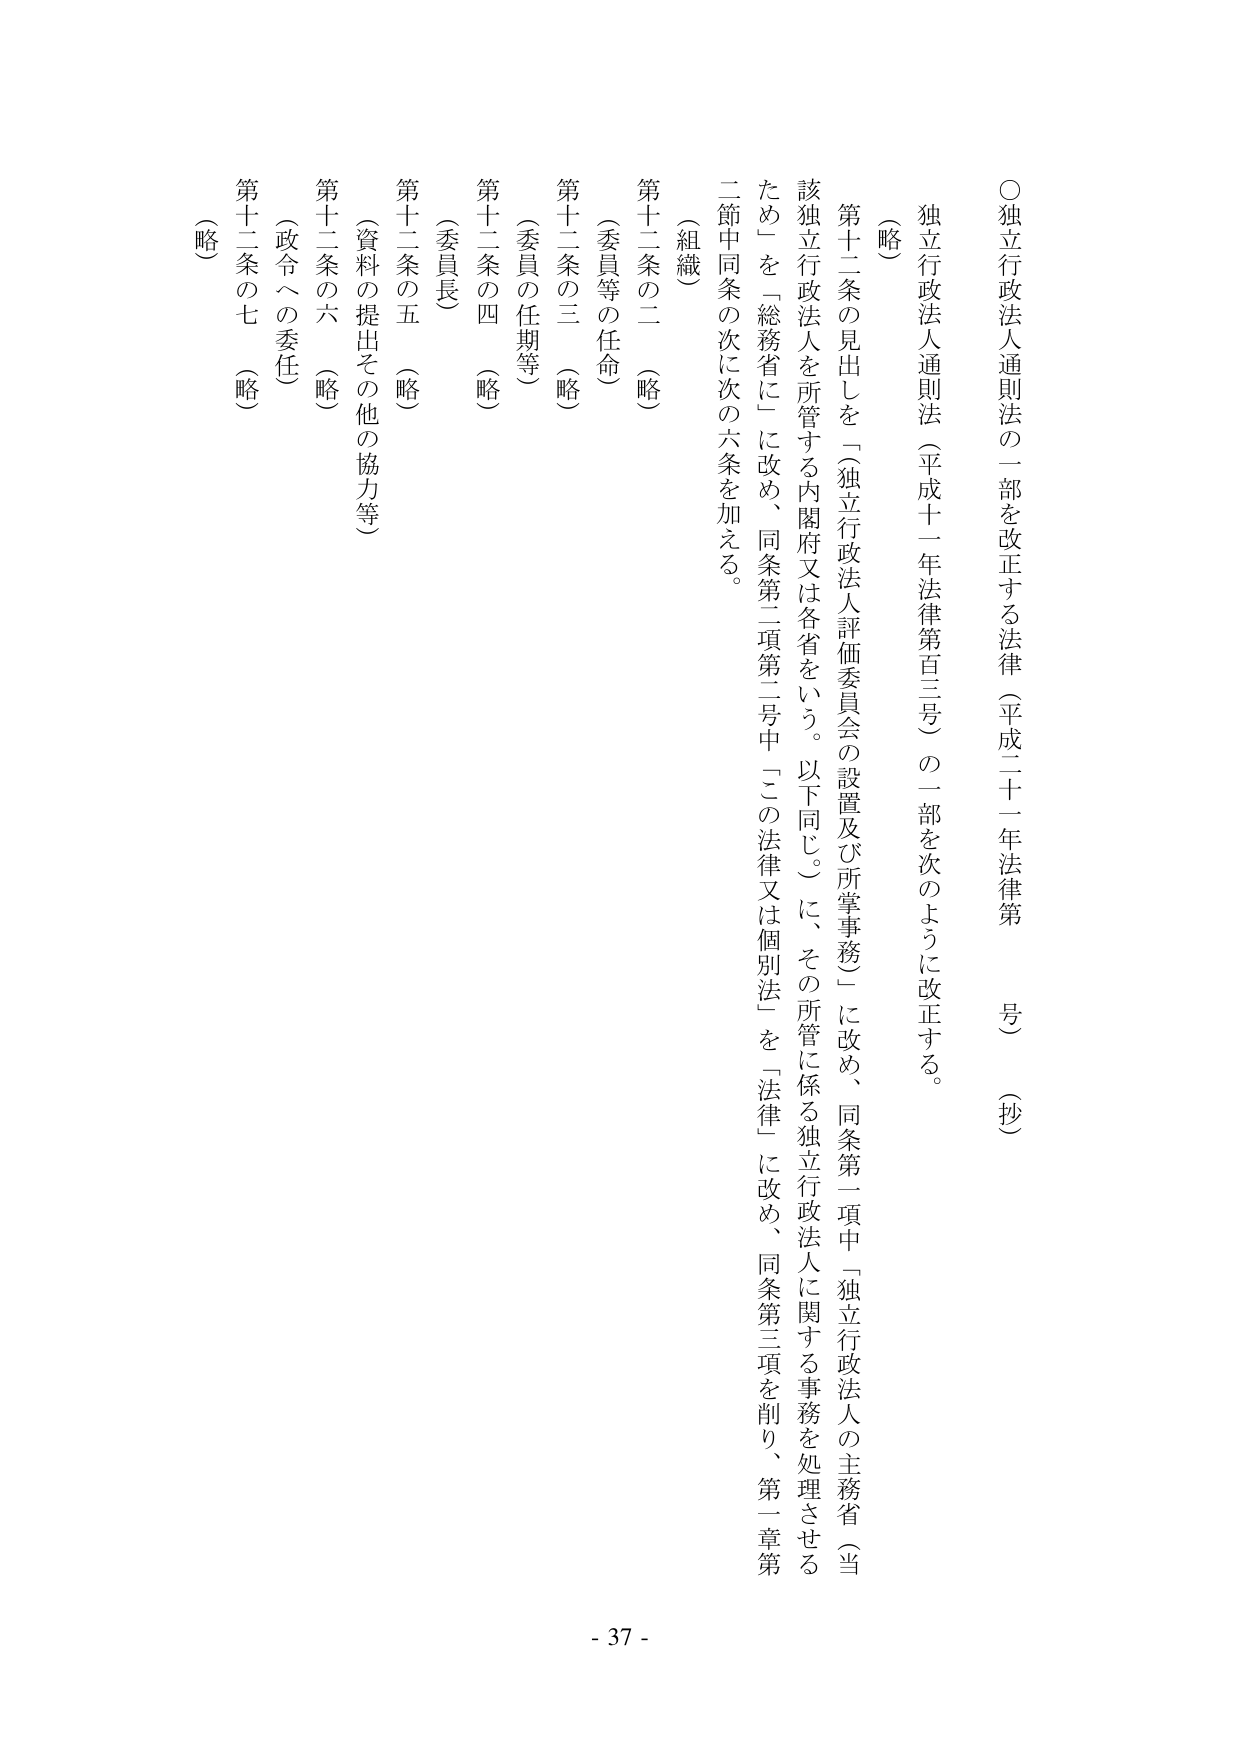
○独立行政法人通則法の一部を改正する法律（平成二十一年法律第　　号）（抄）

（略）

独立行政法人通則法（平成十一年法律第百三号）の一部を次のように改正する。

第十二条の見出しを「独立行政法人評価委員会の設置及び所掌事務」に改め、同条第一項中「独立行政法人の主務省（当た め）」を「総務省に」に改め、同条第二項第二号中「この法律又は個別法」を「法律」に改め、同条第三項を削り、第一章第 二節中同条の次に次の六条を加える。

（組織）

第十二条の二（略）

（委員等の任命）

第十二条の三（略）

（委員の任期等）

第十二条の四（略）

（委員長）

第十二条の五（略）

（資料の提出その他の協力等）

第十二条の六（略）

（政令への委任）

第十二条の七（略）

- 37 -